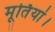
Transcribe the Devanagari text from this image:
मूर्तियां।